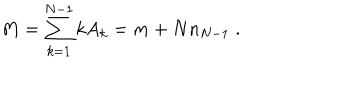
M = \sum _ { k = 1 } ^ { N - 1 } k A _ { k } = m + N n _ { N - 1 } \; .